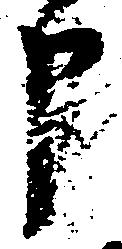
申